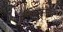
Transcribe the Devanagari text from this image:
सम्मानितों